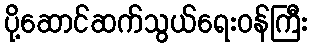
ပို့ဆောင်ဆက်သွယ်ရေးဝန်ကြီး